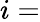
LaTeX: i=